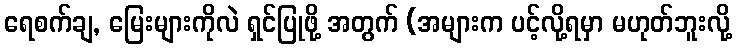
ရေစက်ချ, မြေးများကိုလဲ ရှင်ပြုဖို့ အတွက် (အများက ပင့်လို့ရမှာ မဟုတ်ဘူးလို့